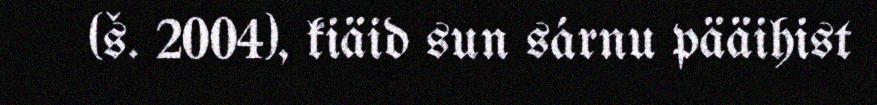
(š. 2004), kiäid sun sárnu pääihist